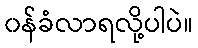
၀န်ခံလာရလို့ပါပဲ။